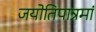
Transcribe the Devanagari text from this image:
जयोतिपात्रमां